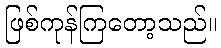
ဖြစ်ကုန်ကြတော့သည်။